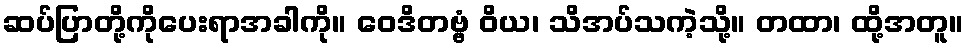
ဆပ်ပြာတို့ကိုပေးရာအခါကို။ ဝေဒိတဗ္ဗံ ဝိယ၊ သိအပ်သကဲ့သို့။ တထာ၊ ထို့အတူ။